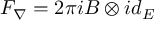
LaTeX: F _ { \nabla } = 2 \pi i B \otimes i d _ { E }